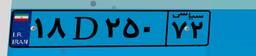
۱۸D۲۵۰۷۲